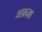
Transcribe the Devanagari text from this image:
अफ़ज़ा